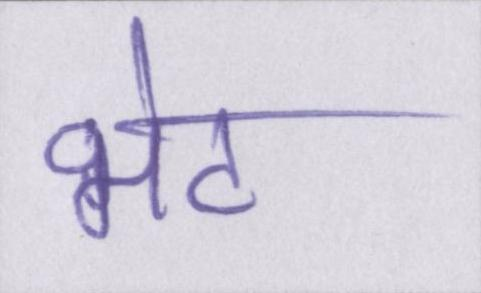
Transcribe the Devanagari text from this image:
भेट